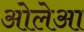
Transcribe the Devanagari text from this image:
ओलेआ